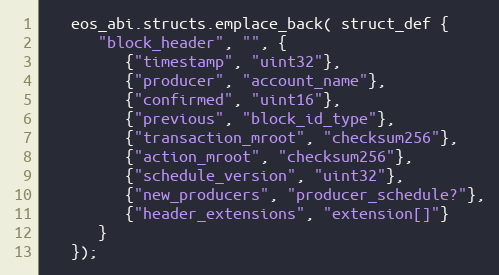
Language: C++
   eos_abi.structs.emplace_back( struct_def {
      "block_header", "", {
         {"timestamp", "uint32"},
         {"producer", "account_name"},
         {"confirmed", "uint16"},
         {"previous", "block_id_type"},
         {"transaction_mroot", "checksum256"},
         {"action_mroot", "checksum256"},
         {"schedule_version", "uint32"},
         {"new_producers", "producer_schedule?"},
         {"header_extensions", "extension[]"}
      }
   });